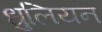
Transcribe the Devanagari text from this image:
धुलियन